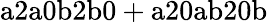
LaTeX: \mathrm{a2a0b2b0+a20ab20b}